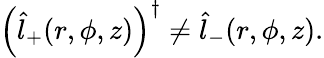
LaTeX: \begin{array}{r}{\left(\hat{l}_{+}(r,\phi,z)\right)^{\dagger}\neq\hat{l}_{-}(r,\phi,z).}\end{array}